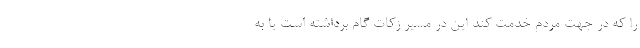
را که در جهت مردم خدمت کند این در مسیر زکات گام برداشته است یا به